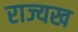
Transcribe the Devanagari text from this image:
राज्यख